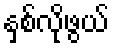
နှစ်လိုဖွယ်